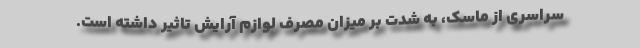
سراسری از ماسک، به شدت بر میزان مصرف لوازم آرایش تاثیر داشته است.